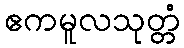
ဧကမူလသုတ္တံ